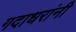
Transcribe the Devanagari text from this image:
गदाधरांनी